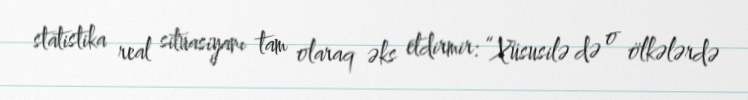
statistika real situasiyanı tam olaraq əks etdirmir: “Xüsusilə də o ölkələrdə